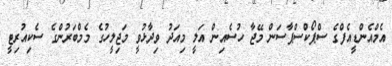
އެމްއެންޑީއެފްގެ ސްޕޯކްސްޕާސަން މޭޖާ ހުސެއިން އަލީ މިއަދު ވިދާޅުވީ މަޖިލީހުގެ މެމްބަރުންގެ ސެކިއުރިޓީ